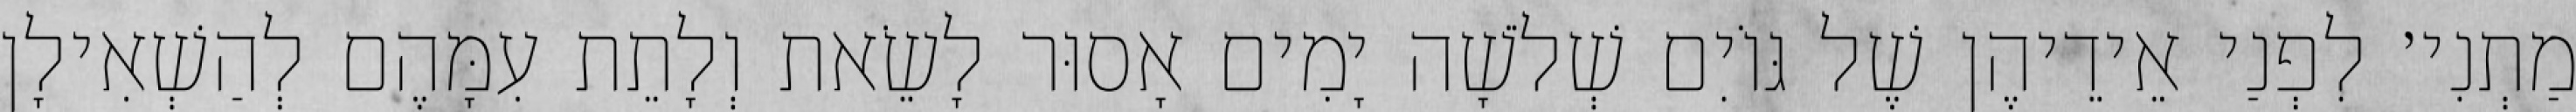
מַתְנִי׳ לִפְנַי אֵידֵיהֶן שֶׁל גּוֹיִם שְׁלֹשָׁה יָמִים אָסוּר לָשֵׂאת וְלָתֵת עִמָּהֶם לְהַשְׁאִילָן